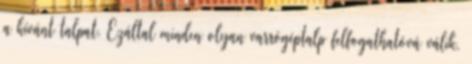
a kívánt talpat. Ezáltal minden olyan varrógéptalp felfogathatóvá válik,